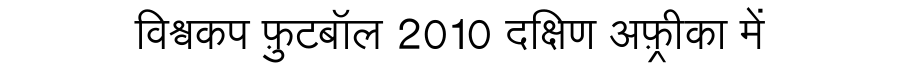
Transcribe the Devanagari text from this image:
विश्वकप फ़ुटबॉल 2010 दक्षिण अफ़्रीका में